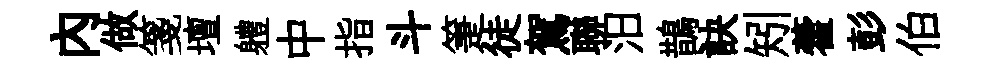
内做箋壇軆中指斗箑徒駕聯汨鵲訣矧藿彭伯